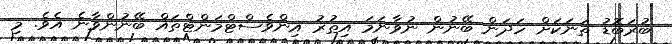
ބުރަބޮޑު ތަނަކަށް ހަދަން ބޭނުން ނުވާނަމަ އިތުރު އިންވެސްޓްމަންޓްތައް ބޭނުންވާނެ އެވެ. މި